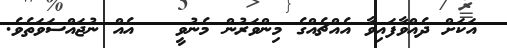
އަކަށް ދެއްވާފައިވާ އެއްޗެއްގެ މިންވަރުން މެނުވީ   އެއް ނުޖައްސަވަތެވެ.